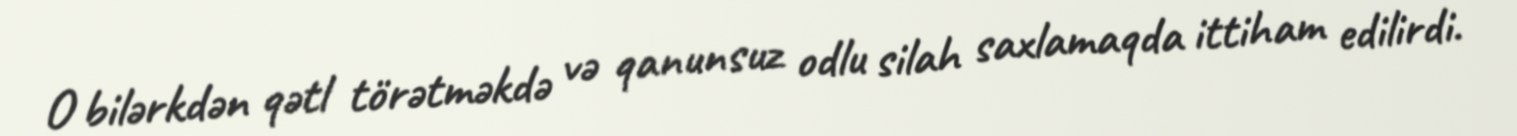
O bilərkdən qətl törətməkdə və qanunsuz odlu silah saxlamaqda ittiham edilirdi.